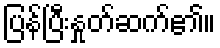
ပြန်ပြီးနှုတ်ဆက်၏။